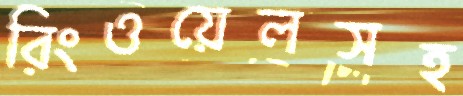
রিংওয়েলসহ